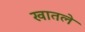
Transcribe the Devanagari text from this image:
खातले